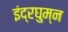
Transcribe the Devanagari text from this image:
इंद्रघुम्न